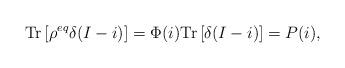
LaTeX: \begin{align*}\mathrm{Tr}\left[\rho^{eq}\delta(I-i)\right] = \Phi(i)\mathrm{Tr}\left[\delta(I-i)\right] = P(i),\end{align*}